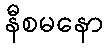
နီစမနော